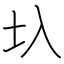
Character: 圦